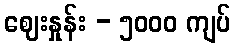
ဈေးနှုန်း - ၅၀၀၀ ကျပ်